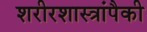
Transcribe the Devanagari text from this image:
शरीरशास्त्रांपैकी